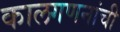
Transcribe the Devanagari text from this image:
कालगणनांची